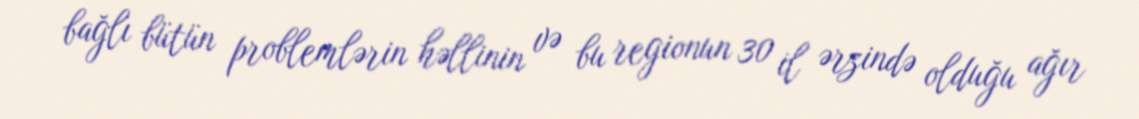
bağlı bütün problemlərin həllinin və bu regionun 30 il ərzində olduğu ağır